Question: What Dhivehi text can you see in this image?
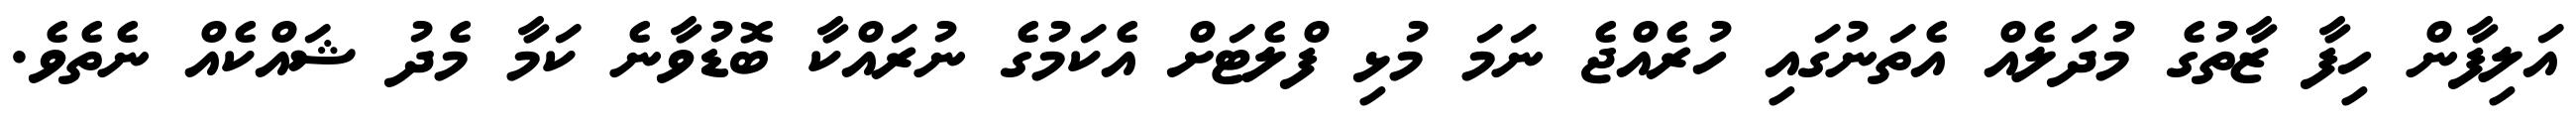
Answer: އަލިފާން ހިފާ ޒާތުގެ މުދަލެއް އެތަނުގައި ހުރެއްޖެ ނަމަ މުޅި ފްލެޓަށް އެކަމުގެ ނުރައްކާ ބޮޑުވާނެ ކަމާ މެދު ޝައްކެއް ނެތެވެ.